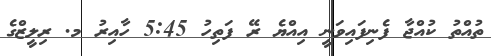
ތުއްތު ކުއްޖާ ފެނިފައިވަނީ އިއްޔެ ރޭ ފަތިހު 5:45 ހާއިރު މ. ރިލީޒްގެ